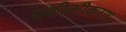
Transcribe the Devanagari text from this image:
एकीकीकरण